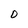
Character: D